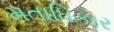
મતાધિકાર